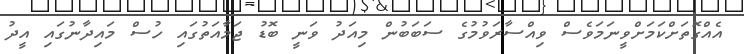
އެއްގޮތަށްކަމަށްވީނަމަވެސް ވިއްސާރަވުމުގެ ސަބަބުން މިއަދު ވަނީ ބޮޑު ޖަމާއަތުގައި ހުސް މައިދާނުގައި އީދު